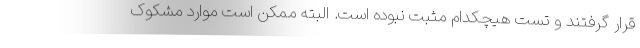
قرار گرفتند و تست هیچکدام مثبت نبوده است. البته ممکن است موارد مشکوک